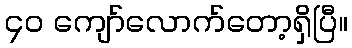
၄၀ ကျော်လောက်တော့ရှိပြီ။